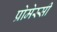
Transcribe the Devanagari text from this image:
प्रोमेस्सी